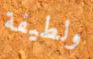
ولطيفة